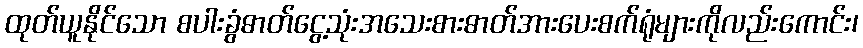
ထုတ်ယူနိုင်သော စပါးခွံဓာတ်ငွေ့သုံးအသေးစားဓာတ်အားပေးစက်ရုံများကိုလည်းကောင်း၊